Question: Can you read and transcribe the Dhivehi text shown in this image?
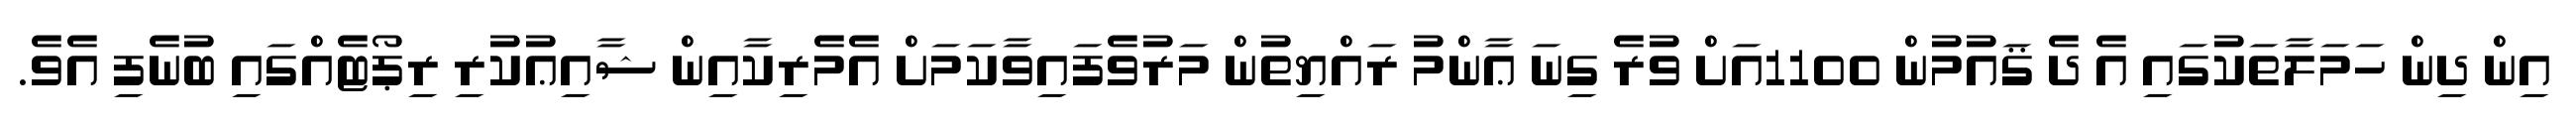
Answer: އިން ދިން ހަމަލާތަކުގައި އެ ދެ ޤައުމުން 1100އަށް ވުރެ ގިނަ ޢާންމު ރައްޔިތުން މަރުވެފައިވާކަމަށް އެމެރިކާއިން ޝާއިޢުކުރި ރިޕޯޓެއްގައި ބުނެފި އެވެ.